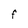
Character: F